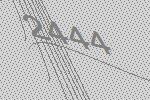
2444